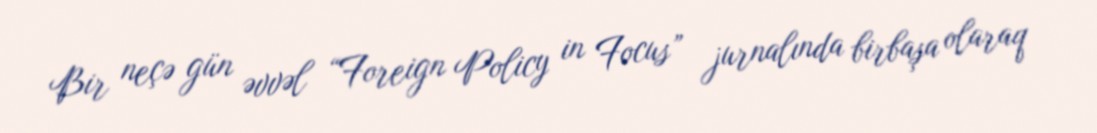
Bir neçə gün əvvəl “Foreign Policy in Focus” jurnalında birbaşa olaraq